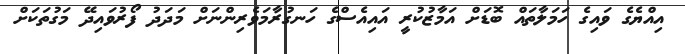
އިއްޔެގެ ވައިގެ ހަމަލާތައް ބޮޑަށް އަމާޒުކުރީ އައިއެސްގެ ހަނގުރާމަވެރިންނަށް މަދަދު ފޯރުވައިދޭ މަގުތަކަށް